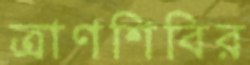
ত্রাণশিবির